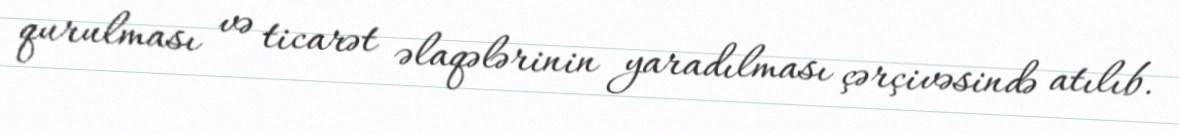
qurulması və ticarət əlaqələrinin yaradılması çərçivəsində atılıb.